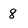
Character: 8